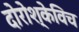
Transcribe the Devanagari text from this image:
दोरोश्केविच